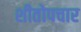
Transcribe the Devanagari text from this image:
शीतोपचार